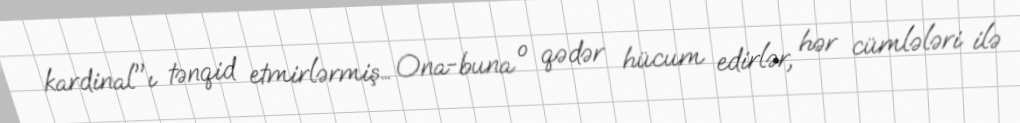
kardinal"ı tənqid etmirlərmiş… Ona-buna o qədər hücum edirlər, hər cümlələri ilə